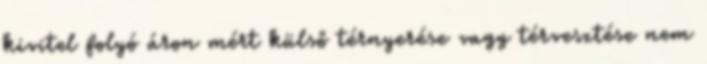
kivitel folyó áron mért külső térnyerése vagy térvesztése nem